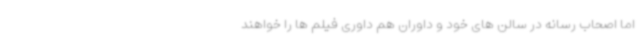
اما اصحاب رسانه در سالن های خود و داوران هم داوری فیلم ها را خواهند